Leaving Certificate Examination, 1923
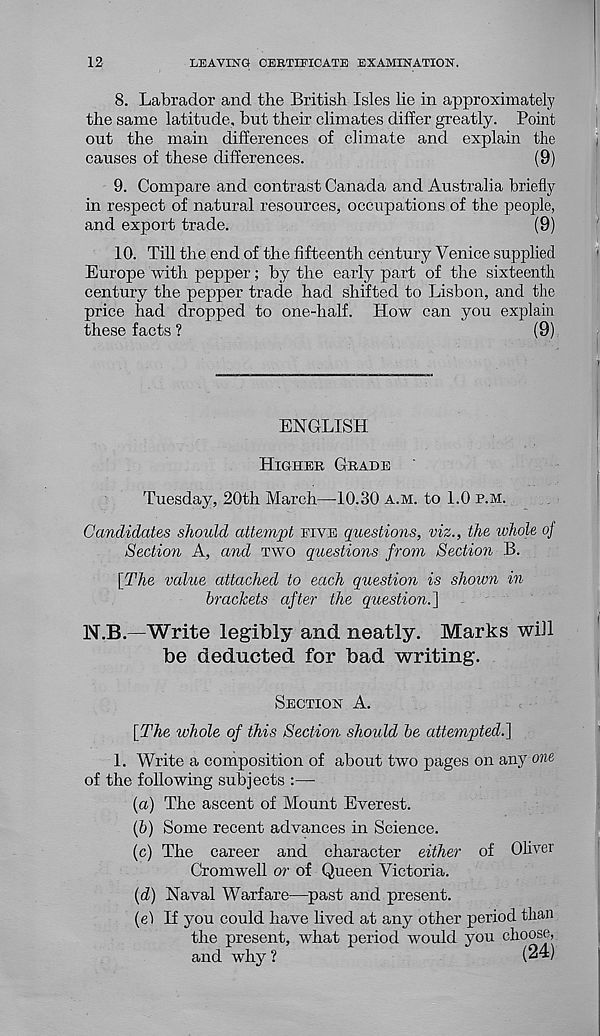
12
LEAVING CERTIFICATE EXAMINATION.
8. Labrador and the British Isles lie in approximately
the same latitude, but their climates differ greatly. Point
out the main differences of climate and explain the
causes of these differences.
(9)
9. Compare and contrast Canada and Australia briefly
in respect of natural resources, occupations of the people,
and export trade.
(9)
10. Till the end of the fifteenth century Venice supplied
Europe with pepper; by the early part of the sixteenth
century the pepper trade had shifted to Lisbon, and the
price had dropped to one-half. How can you explain
these facts ?
(9)
ENGLISH
HIGHER GRADE
Tuesday, 20th March—10.30 A.M. to 1.0 P.M.
Candidates should attempt FIVE questions, viz., the whole of
Section A, and TWO questions from Section B.
[The value attached to each question is shown in
brackets
after
the question.~\
N.B.—Write legibly and neatly, Marks will
be deducted for bad writing.
SECTION A.
[The whole of this Section should be attempted.']
1. Write a composition of about two pages on any one
of the following subjects :—
(a) The ascent of Mount Everest.
{b) Some recent advances in Science.
(c) The career and character either of Oliver
Cromwell or of Queen Victoria.
[d] Naval Warfare—past and present.
(el If you could have lived at any other period than
the present, what period would you choose,
and why?
(24)